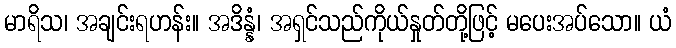
မာရိသ၊ အချင်းရဟန်း။ အဒိန္နံ၊ အရှင်သည်ကိုယ်နှုတ်တို့ဖြင့် မပေးအပ်သော။ ယံ